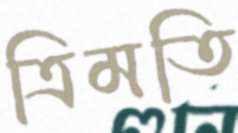
ত্রিমতি